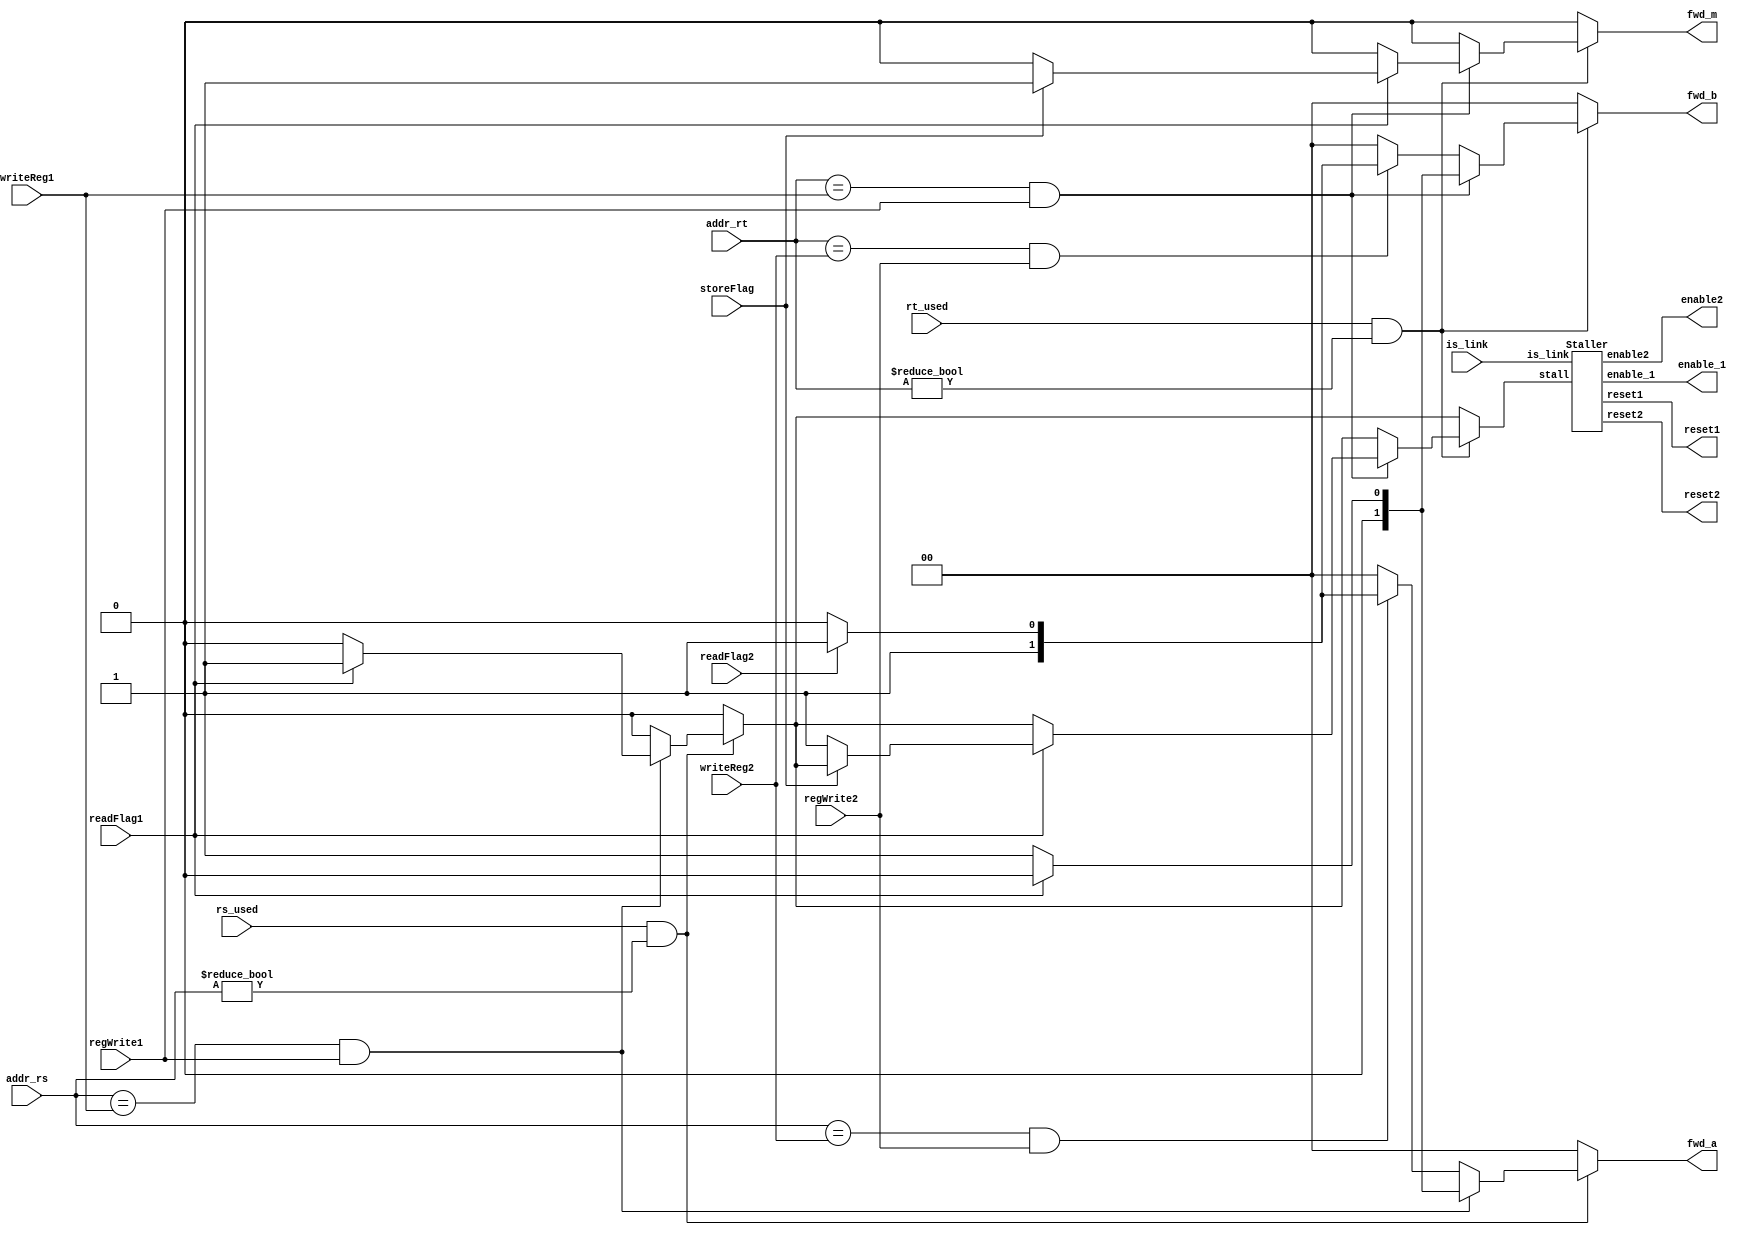
module HazardUnit(
    input wire [4:0] addr_rs,
	input wire [4:0] addr_rt,
    input wire rs_used, rt_used,
    input wire is_link,
	input wire [4:0] writeReg1,
	input wire regWrite1,
    input wire readFlag1,
    input wire [4:0] writeReg2,
	input wire regWrite2,
    input wire readFlag2,
    input wire storeFlag,
	output reg [1:0] fwd_a,
	output reg [1:0] fwd_b,
	output reg fwd_m,
    output wire enable_1,
	output wire enable2,
	output wire reset1,
	output wire reset2
);

	reg stall = 0;
	
	always @(*) begin
		stall = 0;
		fwd_a = 0;
		fwd_b = 0;
		fwd_m = 0;
		if (rs_used && addr_rs != 0) begin
			if (addr_rs == writeReg1 && regWrite1) begin
				if (readFlag1)
					stall = 1;
				else
					fwd_a = 1;
			end 
			else if (addr_rs == writeReg2 && regWrite2) begin
				if (readFlag2)
					fwd_a = 3;
				else
					fwd_a = 2;
			end
		end
		if (rt_used && addr_rt != 0) begin
			if (addr_rt == writeReg1 && regWrite1) begin
				if (readFlag1) begin
					if (storeFlag)
						fwd_m = 1;
					else 
						stall = 1;
				end
				else
					fwd_b = 1;
			end
			else if (addr_rt == writeReg2 && regWrite2) begin
				if (readFlag2)
					fwd_b = 3;
				else
					fwd_b = 2;
			end
		end
	end
	
    Staller StallUnit(is_link,stall,enable_1,enable2,reset1,reset2);


endmodule

module Staller(
    input wire is_link,
    input wire stall,
    output reg enable_1,
	output reg enable2,
	output reg reset1,
	output reg reset2
);

    always @(*) begin
		enable_1 = 1;
		enable2 = 1;
		reset1 = 0;
		reset2 = 0;
		
		if (stall) begin
			enable_1 = 0;
			enable2 = 0;
			reset2 = 1;
		end
		else if (is_link) begin
			reset1 = 1;
		end
	end

endmodule